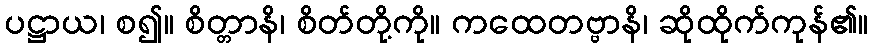
ပဋ္ဌာယ၊ စ၍။ စိတ္တာနိ၊ စိတ်တို့ကို။ ကထေတဗ္ဗာနိ၊ ဆိုထိုက်ကုန်၏။